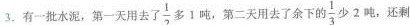
3.有一批水泥，第一天用去了\frac{1}{2}多1吨，第二天用去了余下的\frac{1}{3}少2吨，还剩